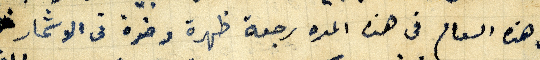
في هذه العام في هذه المده رجعة ظهرة وضرة فى الاشحار